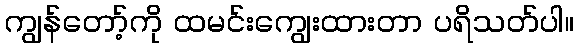
ကျွန်တော့်ကို ထမင်းကျွေးထားတာ ပရိသတ်ပါ။